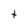
Character: t